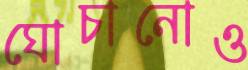
ঘোচানোও